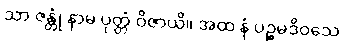
သာ ဇန္တုံ နာမ ပုတ္တံ ဝိဇာယိ။ အထ နံ ပဉ္စမဒိဝသေ